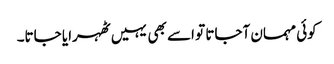
کوئی مہمان آجاتا تو اسے بھی یہیں ٹھہرایا جاتا۔